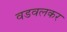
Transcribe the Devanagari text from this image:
वडवलकर